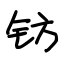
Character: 钫